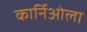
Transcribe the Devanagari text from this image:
कार्निओला